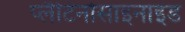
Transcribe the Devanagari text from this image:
प्लैटिनोसाइनाइड